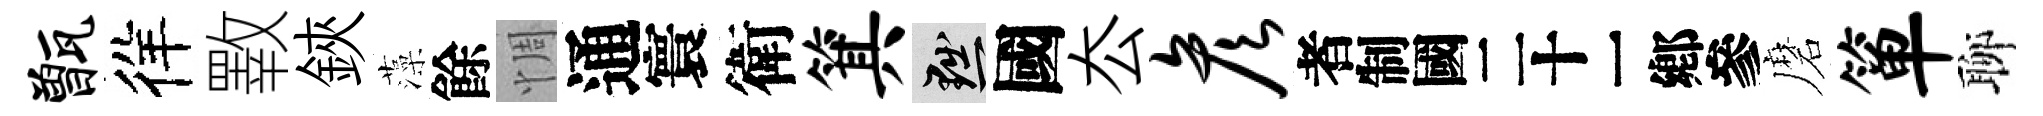
甑徉斁鋏藻餘惆通寰衛箕黜國厺彦识磨箪聊